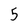
Character: 5